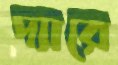
দ্যারে